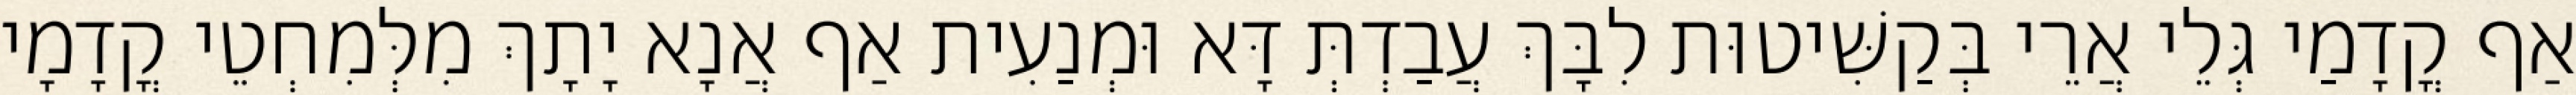
אַף קֳדָמַי גְּלֵי אֲרֵי בְּקַשִּׁיטוּת לִבָּךְ עֲבַדְתְּ דָּא וּמְנַעִית אַף אֲנָא יָתָךְ מִלְּמִחְטֵי קֳדָמָי